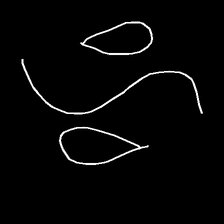
Glyph: water